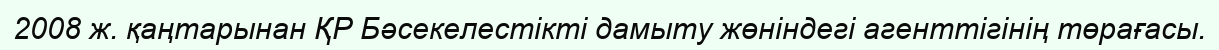
2008 ж. қаңтарынан ҚР Бәсекелестікті дамыту жөніндегі агенттігінің төрағасы.